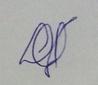
Signature authenticity: genuine